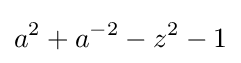
a^{2}+a^{-2}-z^{2}-1